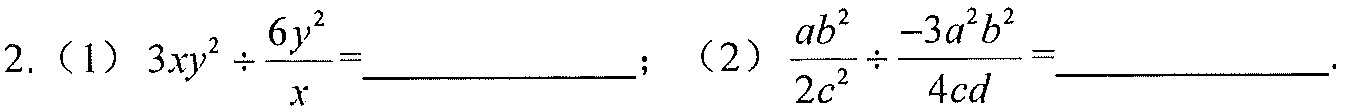
2.（1）\(3xy^{2}\div\frac{6y^{2}}{x}=\underline{\quad\quad}\)；（2）\(\frac{ab^{2}}{2c^{2}}\div\frac{-3a^{2}b^{2}}{4cd}=\underline{\quad\quad}\)